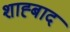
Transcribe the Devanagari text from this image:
शाह्बाद